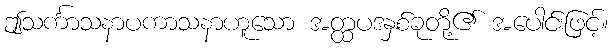
ဤသင်္ကာသနာပကာသနာဟူသော အတ္ထပဒနှစ်ခုတို့၏ အပေါင်းဖြင့်။